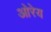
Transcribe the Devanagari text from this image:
ओरेय